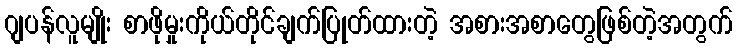
ဂျပန်လူမျိုး စာဖိုမှုးကိုယ်တိုင်ချက်ပြုတ်ထားတဲ့ အစားအစာတွေဖြစ်တဲ့အတွက်